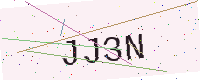
Text: JJ3N